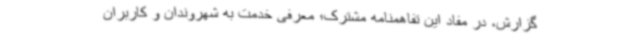
گزارش، در مفاد این تفاهمنامه مشترک؛ معرفی خدمت به شهروندان و کاربران